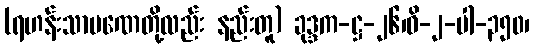
(ရဟန်းသာမဏေတို့လည်း နည်းတူ) ခုဒ္ဒက-ဋ္ဌ-၂၆၊ဝိ-၂-ပါ-၃၅၀၊